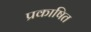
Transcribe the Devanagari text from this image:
प्रकाषित